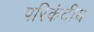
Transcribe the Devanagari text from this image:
परिकंदीय